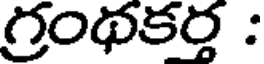
గ్రంథకర్త :